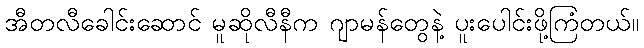
အီတလီခေါင်းဆောင် မူဆိုလီနီက ဂျာမန်တွေနဲ့ ပူးပေါင်းဖို့ကြံတယ်။